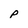
Character: P